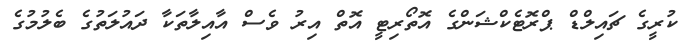
ކުރީގެ ޗައިލްޑް ޕްރޮޓެކްޝަންގެ އޮތޯރިޓީ އޮތް އިރު ވެސް އާއިލާތަކާ ދައުލަތުގެ ބެލުމުގެ